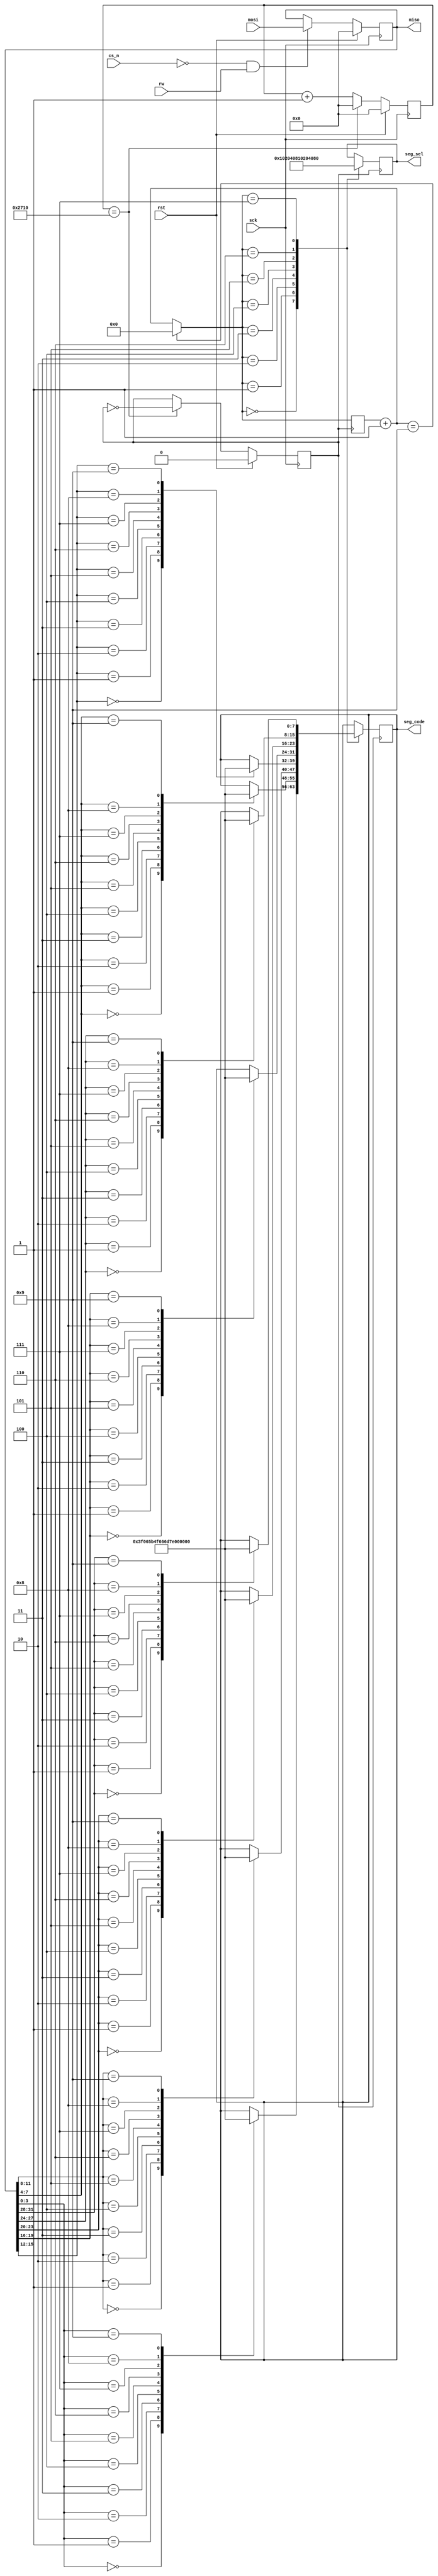
module seg(
           input wire         sck,
           input wire         rst,
           input wire         cs_n,
           input wire         rw,
           input wire [31:0]  mosi,
           output wire [31:0] miso,
           output reg [7:0]   seg_sel,
           output reg [7:0]   seg_code
           );

   reg [31:0]                 cnt;
   reg clk2;
   reg [31:0]                 div_counter = 0;
   reg                        step = 0;
   reg [31:0]                 num;
   reg [3:0]   i=0;
   wire clk;
   assign clk = sck;
   assign miso = num;
   parameter _0 = 8'h3f,_1 = 8'h06,_2 = 8'h5b,_3 = 8'h4f,
     _4 = 8'h66,_5 = 8'h6d,_6 = 8'h7d,_7 = 8'h07,
     _8 = 8'h7f,_9 = 8'h6f;
   parameter STEP1 = 1'b0,  STEP2 = 1'b1;

   always @ (posedge clk) begin
      if(rst) begin
         num <= 0;
         step <= STEP1;
      end
      else if(cs_n == 0 && rw == 1) begin
         num <= mosi;
      end
   end
   
   always @ (posedge clk) begin
      if(rst) begin
         cnt <= 0;
         clk2 <= 0;
      end
      else if(cnt == 10000) begin
         cnt <= 0;
         clk2 <= !clk2;
      end
      else
        cnt <= cnt + 1;
   end

   always @ (posedge clk2)
   begin
          i = i+1'b1;
          if(i==4'b1001)
          i = 0;
          case(i)
          4'b0000:
          begin
                 
                    seg_sel = 8'b00000001;
                       case(num[3:0])
                         4'd0:seg_code <= _0;
                         4'd1:seg_code <= _1;
                         4'd2:seg_code <= _2;
                         4'd3:seg_code <= _3;
                         4'd4:seg_code <= _4;
                         4'd5:seg_code <= _5;
                         4'd6:seg_code <= _6;
                         4'd7:seg_code <= _7;
                         4'd8:seg_code <= _8;
                         4'd9:seg_code <= _9;
                       endcase // case (num[3:0])
              end // if (sel == 8'b00000001)
             4'b0001:    
                    begin
                   seg_sel = 8'b00000010;
                       case(num[7:4])
                         4'd0:seg_code <= _0;
                         4'd1:seg_code <= _1;
                         4'd2:seg_code <= _2;
                         4'd3:seg_code <= _3;
                         4'd4:seg_code <= _4;
                         4'd5:seg_code <= _5;
                         4'd6:seg_code <= _6;
                         4'd7:seg_code <= _7;
                         4'd8:seg_code <= _8;
                         4'd9:seg_code <= _9;
                       endcase // case (num[7:4])
                    end // if (sel == 8'b00000010)
                   4'b0010:
                    begin
                    seg_sel = 8'b00000100;
                       case(num[11:8])
                         4'd0:seg_code <= _0;
                         4'd1:seg_code <= _1;
                         4'd2:seg_code <= _2;
                         4'd3:seg_code <= _3;
                         4'd4:seg_code <= _4;
                         4'd5:seg_code <= _5;
                         4'd6:seg_code <= _6;
                         4'd7:seg_code <= _7;
                         4'd8:seg_code <= _8;
                         4'd9:seg_code <= _9;
                       endcase // case (num[11:8])
                    end // if (sel == 8'b00000100)
                    4'b0011:
                    begin
                    seg_sel = 8'b00001000;
                       case(num[15:12])
                         4'd0:seg_code <= _0;
                         4'd1:seg_code <= _1;
                         4'd2:seg_code <= _2;
                         4'd3:seg_code <= _3;
                         4'd4:seg_code <= _4;
                         4'd5:seg_code <= _5;
                         4'd6:seg_code <= _6;
                         4'd7:seg_code <= _7;
                         4'd8:seg_code <= _8;
                         4'd9:seg_code <= _9;
                       endcase // case (num[15:12])
                    end // if (sel == 8'b00001000)
                    4'b0100:
                    begin
                    seg_sel = 8'b00010000;
                       case(num[19:16])
                         4'd0:seg_code <= _0;
                         4'd1:seg_code <= _1;
                         4'd2:seg_code <= _2;
                         4'd3:seg_code <= _3;
                         4'd4:seg_code <= _4;
                         4'd5:seg_code <= _5;
                         4'd6:seg_code <= _6;
                         4'd7:seg_code <= _7;
                         4'd8:seg_code <= _8;
                         4'd9:seg_code <= _9;
                       endcase // case (num[19:16])
                    end // if (sel == 8'b00010000)
                    4'b0101:
                    begin
                    seg_sel = 8'b00100000;
                       case(num[23:20])
                         4'd0:seg_code <= _0;
                         4'd1:seg_code <= _1;
                         4'd2:seg_code <= _2;
                         4'd3:seg_code <= _3;
                         4'd4:seg_code <= _4;
                         4'd5:seg_code <= _5;
                         4'd6:seg_code <= _6;
                         4'd7:seg_code <= _7;
                         4'd8:seg_code <= _8;
                         4'd9:seg_code <= _9;
                       endcase // case (num[23:20])
                    end // if (sel == 8'b00100000)
                    4'b0110:
                    begin
                    seg_sel = 8'b01000000;
                       case(num[27:24])
                         4'd0:seg_code <= _0;
                         4'd1:seg_code <= _1;
                         4'd2:seg_code <= _2;
                         4'd3:seg_code <= _3;
                         4'd4:seg_code <= _4;
                         4'd5:seg_code <= _5;
                         4'd6:seg_code <= _6;
                         4'd7:seg_code <= _7;
                         4'd8:seg_code <= _8;
                         4'd9:seg_code <= _9;
                       endcase // case (num[27:24])
                    end // if (sel == 8'b01000000)
                    4'b0111:
                    begin
                    seg_sel = 8'b10000000;
                       case(num[31:28])
                         4'd0:seg_code <= _0;
                         4'd1:seg_code <= _1;
                         4'd2:seg_code <= _2;
                         4'd3:seg_code <= _3;
                         4'd4:seg_code <= _4;
                         4'd5:seg_code <= _5;
                         4'd6:seg_code <= _6;
                         4'd7:seg_code <= _7;
                         4'd8:seg_code <= _8;
                         4'd9:seg_code <= _9;
                       endcase // case (num[31:28])
                    end // if (sel == 8'b10000000)
                    endcase
          end
endmodule // seg